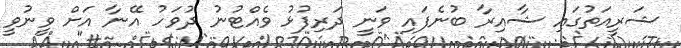
ޝަރީއަތުގައި ޝާއިރާ ބުނެފައި ވަނީ ދަރިފުޅު ވެއްޓުނު ދުވަހު އޭނާ އަށް ވީނުވީ